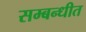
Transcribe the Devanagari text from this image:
सम्‍बन्‍धीत